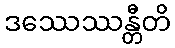
ဒဿေဿန္တီတိ